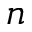
n